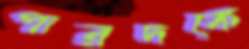
পারদকে